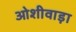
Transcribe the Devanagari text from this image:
ओशीवाड़ा